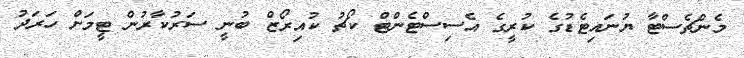
މެންޗެސްޓާ ޔުނައިޓެޑުގެ ކުރީގެ އެސިސްޓެންޓް ކޯޗު ކުއިރޯޒް ބުނީ ސަރުކާރުން ޓީމަށް ހަރަދު